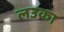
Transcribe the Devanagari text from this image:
लउका